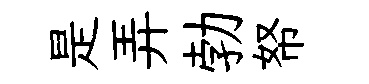
是弄勃帑